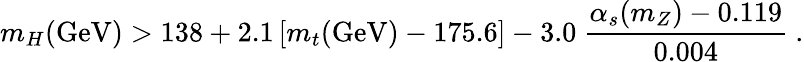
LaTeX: m_{H}(\mathrm{GeV})>138+2.1\left[m_{t}(\mathrm{GeV})-175.6\right]-3.0~\frac{\alpha_{s}(m_{Z})-0.119}{0.004}~.